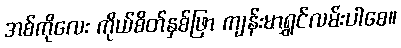
အစ်ကိုလေး ကိုယ်စိတ်နှစ်ဖြာ ကျန်းမာရွှင်လမ်းပါစေ။